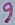
Text: 9